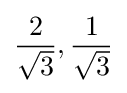
{\frac {2}{\sqrt {3}}},{\frac {1}{\sqrt {3}}}